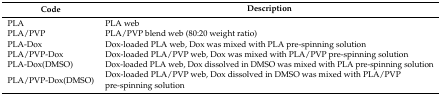
<table><thead><tr><td><b>Code</b></td><td><b>Description</b></td></tr></thead><tbody><tr><td>PLA</td><td>PLA web</td></tr><tr><td>PLA/PVP</td><td>PLA/PVP blend web (80:20 weight ratio)</td></tr><tr><td>PLA-Dox</td><td>Dox-loaded PLA web, Dox was mixed with PLA pre-spinning solution</td></tr><tr><td>PLA/PVP-Dox</td><td>Dox-loaded PLA/PVP web, Dox was mixed with PLA/PVP pre-spinning solution</td></tr><tr><td>PLA-Dox(DMSO)</td><td>Dox-loaded PLA web, Dox dissolved in DMSO was mixed with PLA pre-spinning solution</td></tr><tr><td>PLA/PVP-Dox(DMSO)</td><td>Dox-loaded PLA/PVP web, Dox dissolved in DMSO was mixed with PLA/PVP pre-spinning solution</td></tr></tbody></table>